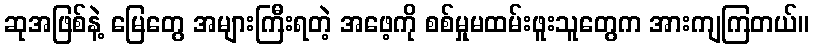
ဆုအဖြစ်နဲ့ မြေတွေ အများကြီးရတဲ့ အဖေ့ကို စစ်မှုမထမ်းဖူးသူတွေက အားကျကြတယ်။